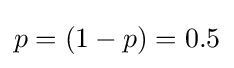
p=(1-p)=0.5